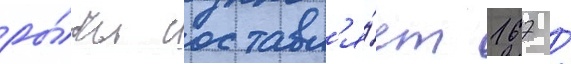
ры́бы составл'я́ет 167 /